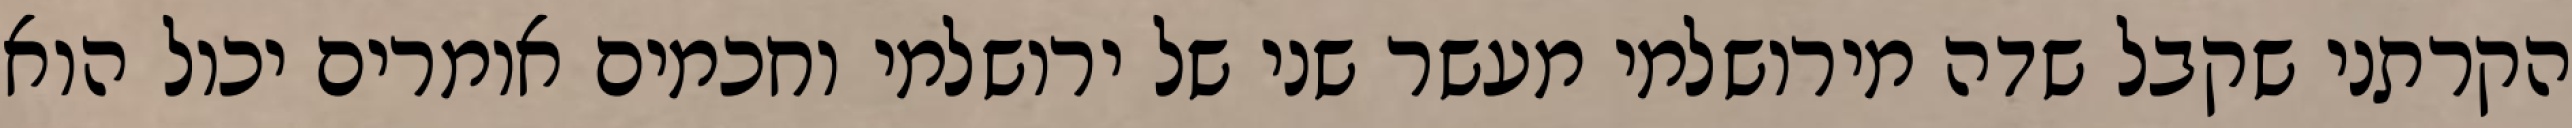
הקרתני שקבל שדה מירושלמי מעשר שני של ירושלמי וחכמים אומרים יכול הוא